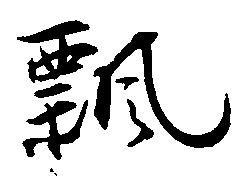
飄